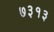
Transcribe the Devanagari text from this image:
७३१३